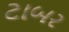
ટાબર